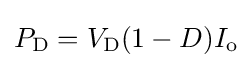
P_{\text{D}}=V_{\text{D}}(1-D)I_{\text{o}}